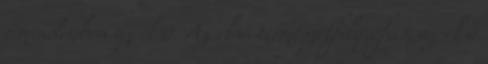
: mindenben az első. Az első természetfilozófus, az első